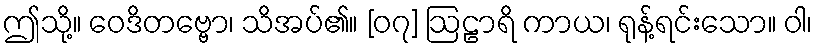
ဤသို့။ ဝေဒိတဗ္ဗော၊ သိအပ်၏။ [၀၇] ဩဠာရိ ကာယ၊ ရုန့်ရင်းသော။ ဝါ၊